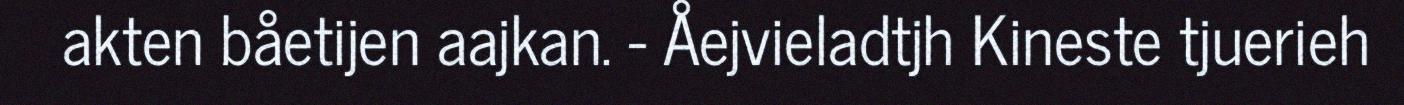
akten båetijen aajkan. - Åejvieladtjh Kineste tjuerieh